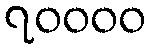
၇၀၀၀၀